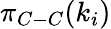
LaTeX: \pi_{C-C}(k_{i})